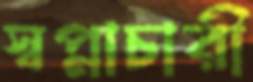
স্বপ্নাচারী